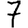
Digit: 7